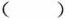
()